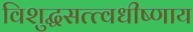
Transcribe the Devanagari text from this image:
विशुद्धसत्त्वधीष्णाय